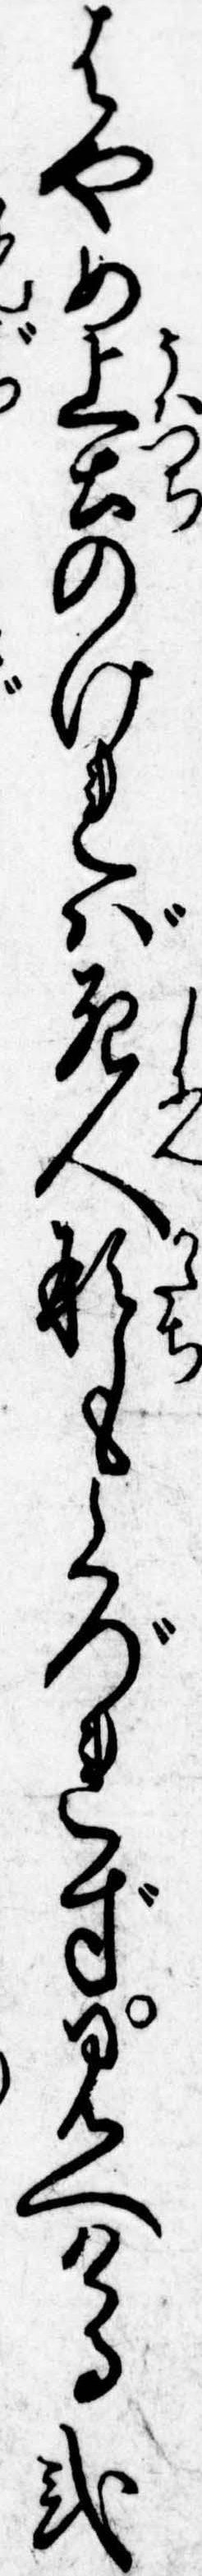
はやめ上土のければ死人形もくづれず見へける弐